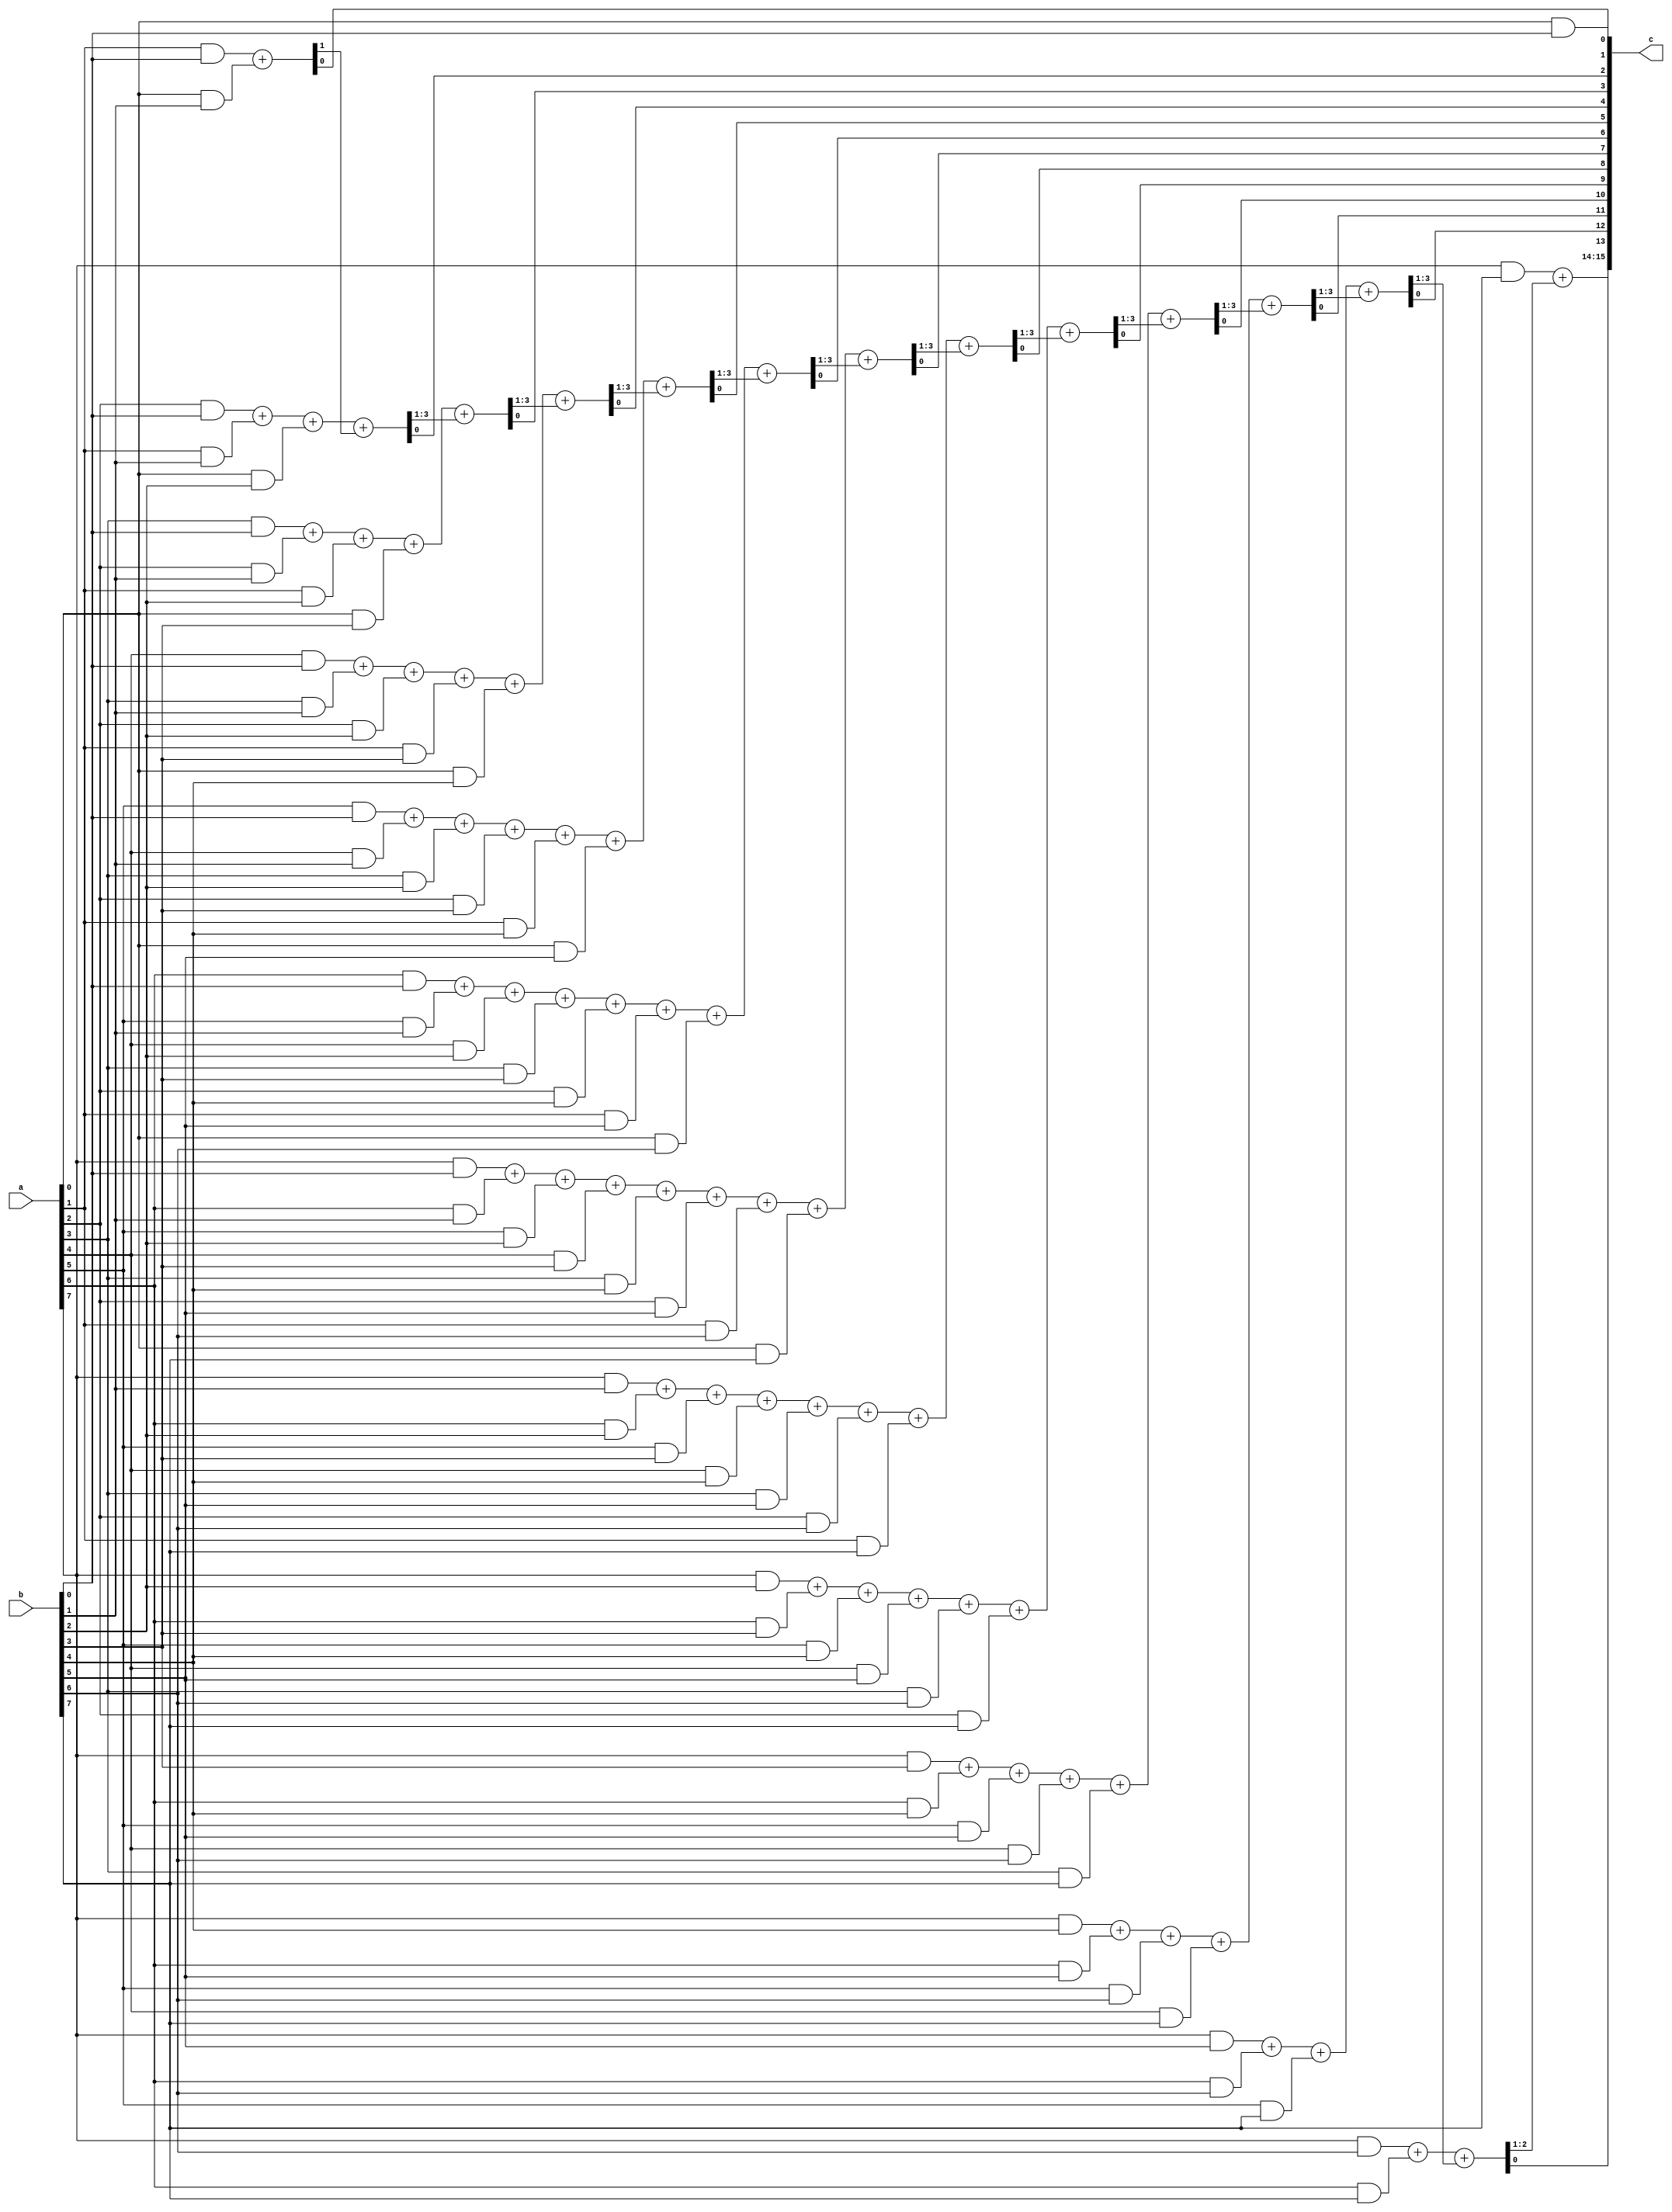
module Vedic_8_x_8(a,b,c);
input [7:0]a; 
input [7:0]b;
output [15:0]c;

wire [62:0]temp;
wire [2:0]cy0,cy1,cy2,cy3,cy4,cy5,cy6,cy7,cy8,cy9,cy10,cy11,cy12;


assign c[0]=a[0]&b[0]; 

assign temp[0]=a[1]&b[0];
assign temp[1]=a[0]&b[1];

assign temp[2]=a[2]&b[0];
assign temp[3]=a[1]&b[1];
assign temp[4]=a[0]&b[2];


assign temp[5]=a[3]&b[0];
assign temp[6]=a[2]&b[1];
assign temp[7]=a[1]&b[2];
assign temp[8]=a[0]&b[3];


assign  temp[9]=a[4]&b[0];
assign temp[10]=a[3]&b[1];
assign temp[11]=a[2]&b[2];
assign temp[12]=a[1]&b[3];
assign temp[13]=a[0]&b[4];


assign temp[14]=a[5]&b[0];
assign temp[15]=a[4]&b[1];
assign temp[16]=a[3]&b[2];
assign temp[17]=a[2]&b[3];
assign temp[18]=a[1]&b[4];
assign temp[19]=a[0]&b[5];


assign temp[20]=a[6]&b[0];
assign temp[21]=a[5]&b[1];
assign temp[22]=a[4]&b[2];
assign temp[23]=a[3]&b[3];
assign temp[24]=a[2]&b[4];
assign temp[25]=a[1]&b[5];
assign temp[26]=a[0]&b[6];


assign temp[27]=a[7]&b[0];
assign temp[28]=a[6]&b[1];
assign temp[29]=a[5]&b[2];
assign temp[30]=a[4]&b[3];
assign temp[31]=a[3]&b[4];
assign temp[32]=a[2]&b[5];
assign temp[33]=a[1]&b[6];
assign temp[34]=a[0]&b[7];

assign temp[35]=a[7]&b[1];
assign temp[36]=a[6]&b[2];
assign temp[37]=a[5]&b[3];
assign temp[38]=a[4]&b[4];
assign temp[39]=a[3]&b[5];
assign temp[40]=a[2]&b[6];
assign temp[41]=a[1]&b[7];


assign temp[42]=a[7]&b[2];
assign temp[43]=a[6]&b[3];
assign temp[44]=a[5]&b[4];
assign temp[45]=a[4]&b[5];
assign temp[46]=a[3]&b[6];
assign temp[47]=a[2]&b[7];



assign temp[48]=a[7]&b[3];
assign temp[49]=a[6]&b[4];
assign temp[50]=a[5]&b[5];
assign temp[51]=a[4]&b[6];
assign temp[52]=a[3]&b[7];


assign temp[53]=a[7]&b[4];
assign temp[54]=a[6]&b[5];
assign temp[55]=a[5]&b[6];
assign temp[56]=a[4]&b[7];

assign temp[57]=a[7]&b[5];
assign temp[58]=a[6]&b[6];
assign temp[59]=a[5]&b[7];

assign temp[60]=a[7]&b[6];
assign temp[61]=a[6]&b[7];

assign temp[62]=a[7]&b[7];

///////////////////////////////////

assign {cy0,c[1]}=temp[0]+temp[1];
assign {cy1,c[2]}=temp[2]+temp[3]+temp[4]+cy0;
assign {cy2,c[3]}=temp[5]+temp[6]+temp[7]+temp[8]+cy1;
assign {cy3,c[4]}=temp[9]+temp[10]+temp[11]+temp[12]+temp[13]+cy2;
assign {cy4,c[5]}=temp[14]+temp[15]+temp[16]+temp[17]+temp[18]+temp[19]+cy3;
assign {cy5,c[6]}=temp[20]+temp[21]+temp[22]+temp[23]+temp[24]+temp[25]+temp[26]+cy4;
assign {cy6,c[7]}=temp[27]+temp[28]+temp[29]+temp[30]+temp[31]+temp[32]+temp[33]+temp[34]+cy5;
assign {cy7,c[8]}=temp[35]+temp[36]+temp[37]+temp[38]+temp[39]+temp[40]+temp[41]+cy6;
assign {cy8,c[9]}=temp[42]+temp[43]+temp[44]+temp[45]+temp[46]+temp[47]+cy7;
assign {cy9,c[10]}=temp[48]+temp[49]+temp[50]+temp[51]+temp[52]+cy8;
assign {cy10,c[11]}=temp[53]+temp[54]+temp[55]+temp[56]+cy9;
assign {cy11,c[12]}=temp[57]+temp[58]+temp[59]+cy10;
assign {cy12,c[13]}=temp[60]+temp[61]+cy11;
assign {c[15],c[14]}=temp[62]+cy12;

endmodule